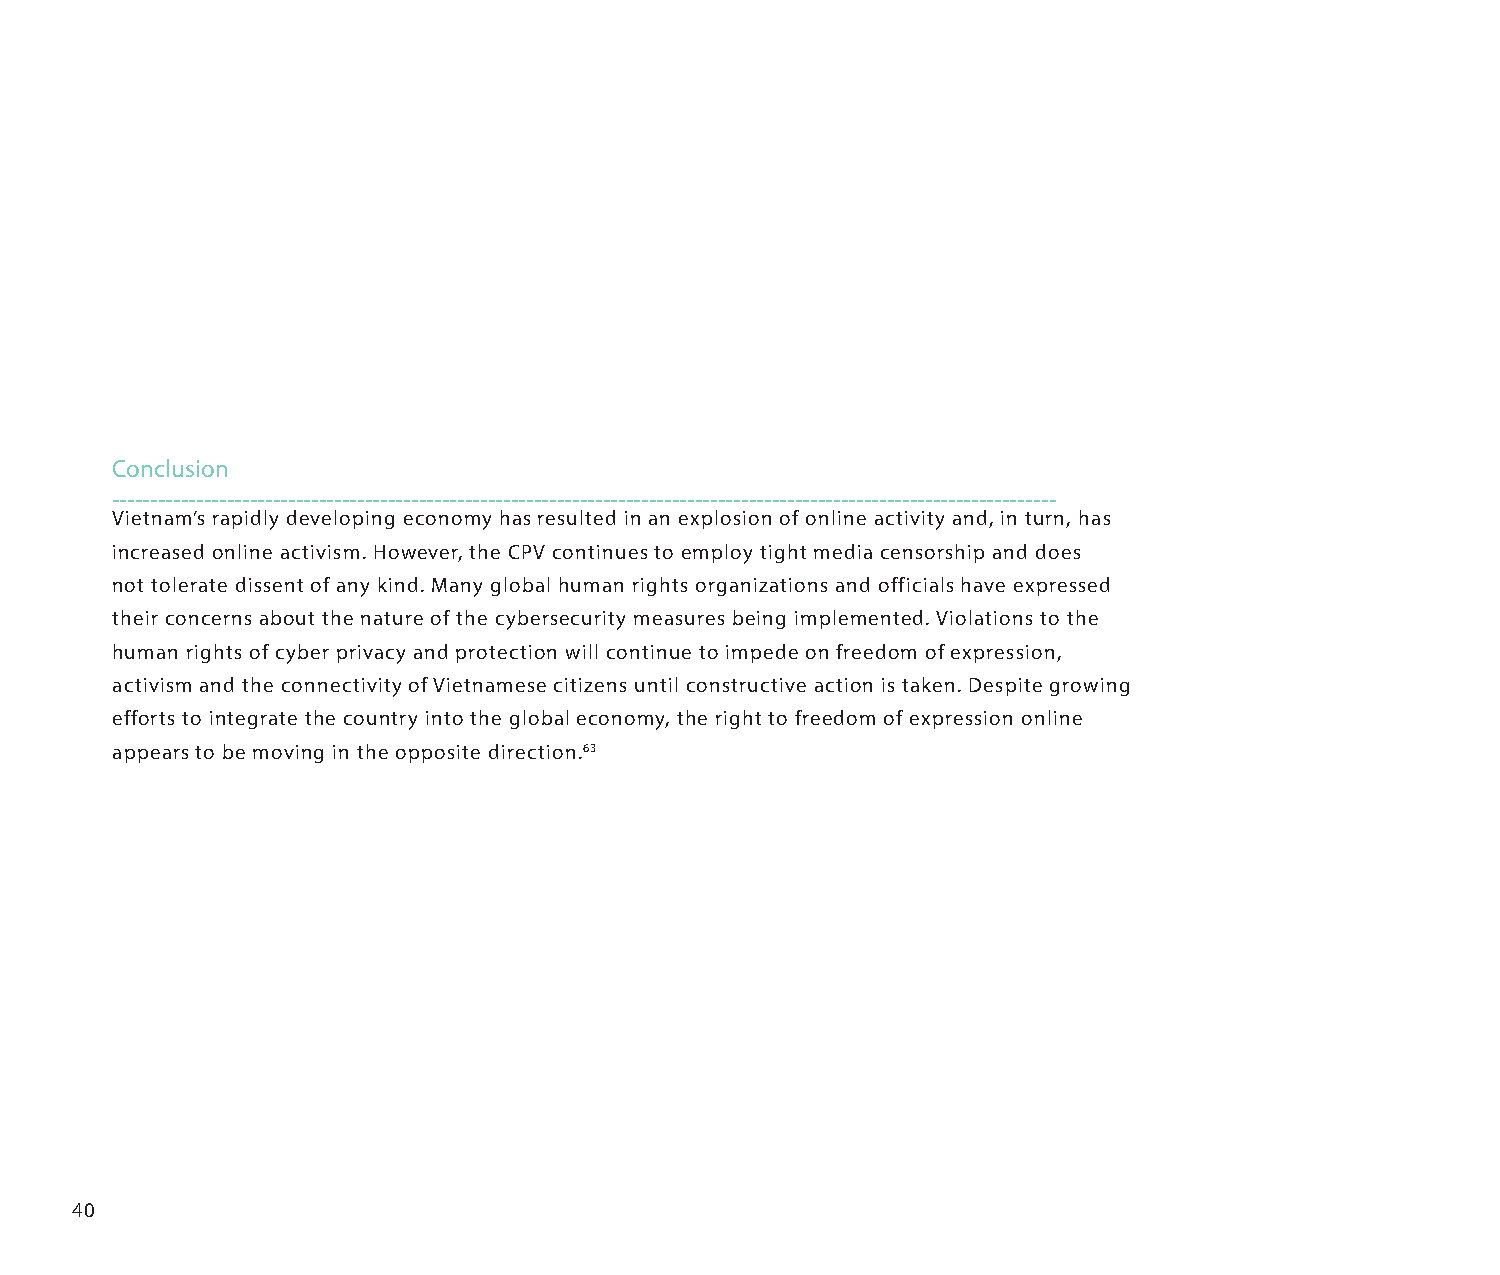
Conclusion
 ---------------------------------------------------------------------------------------------------------------------------
 Vietnam’s rapidly developing economy has resulted in an explosion of online activity and, in turn, has
 increased online activism. However, the CPV continues to employ tight media censorship and does
 not tolerate dissent of any kind. Many global human rights organizations and officials have expressed
 their concerns about the nature of the cybersecurity measures being implemented. Violations to the
 human rights of cyber privacy and protection will continue to impede on freedom of expression,
 activism and the connectivity of Vietnamese citizens until constructive action is taken. Despite growing
 efforts to integrate the country into the global economy, the right to freedom of expression online
 appears to be moving in the opposite direction.63
 40